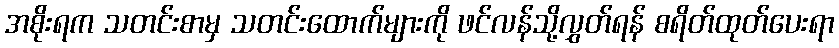
အစိုးရက သတင်းစာမှ သတင်းထောက်များကို ဖင်လန်သို့လွှတ်ရန် စရိတ်ထုတ်ပေးရာ